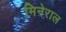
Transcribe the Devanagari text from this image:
मिनेराल